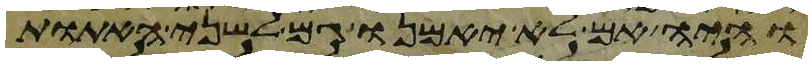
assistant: והיה אם לא יאמנו גם לשני האתות